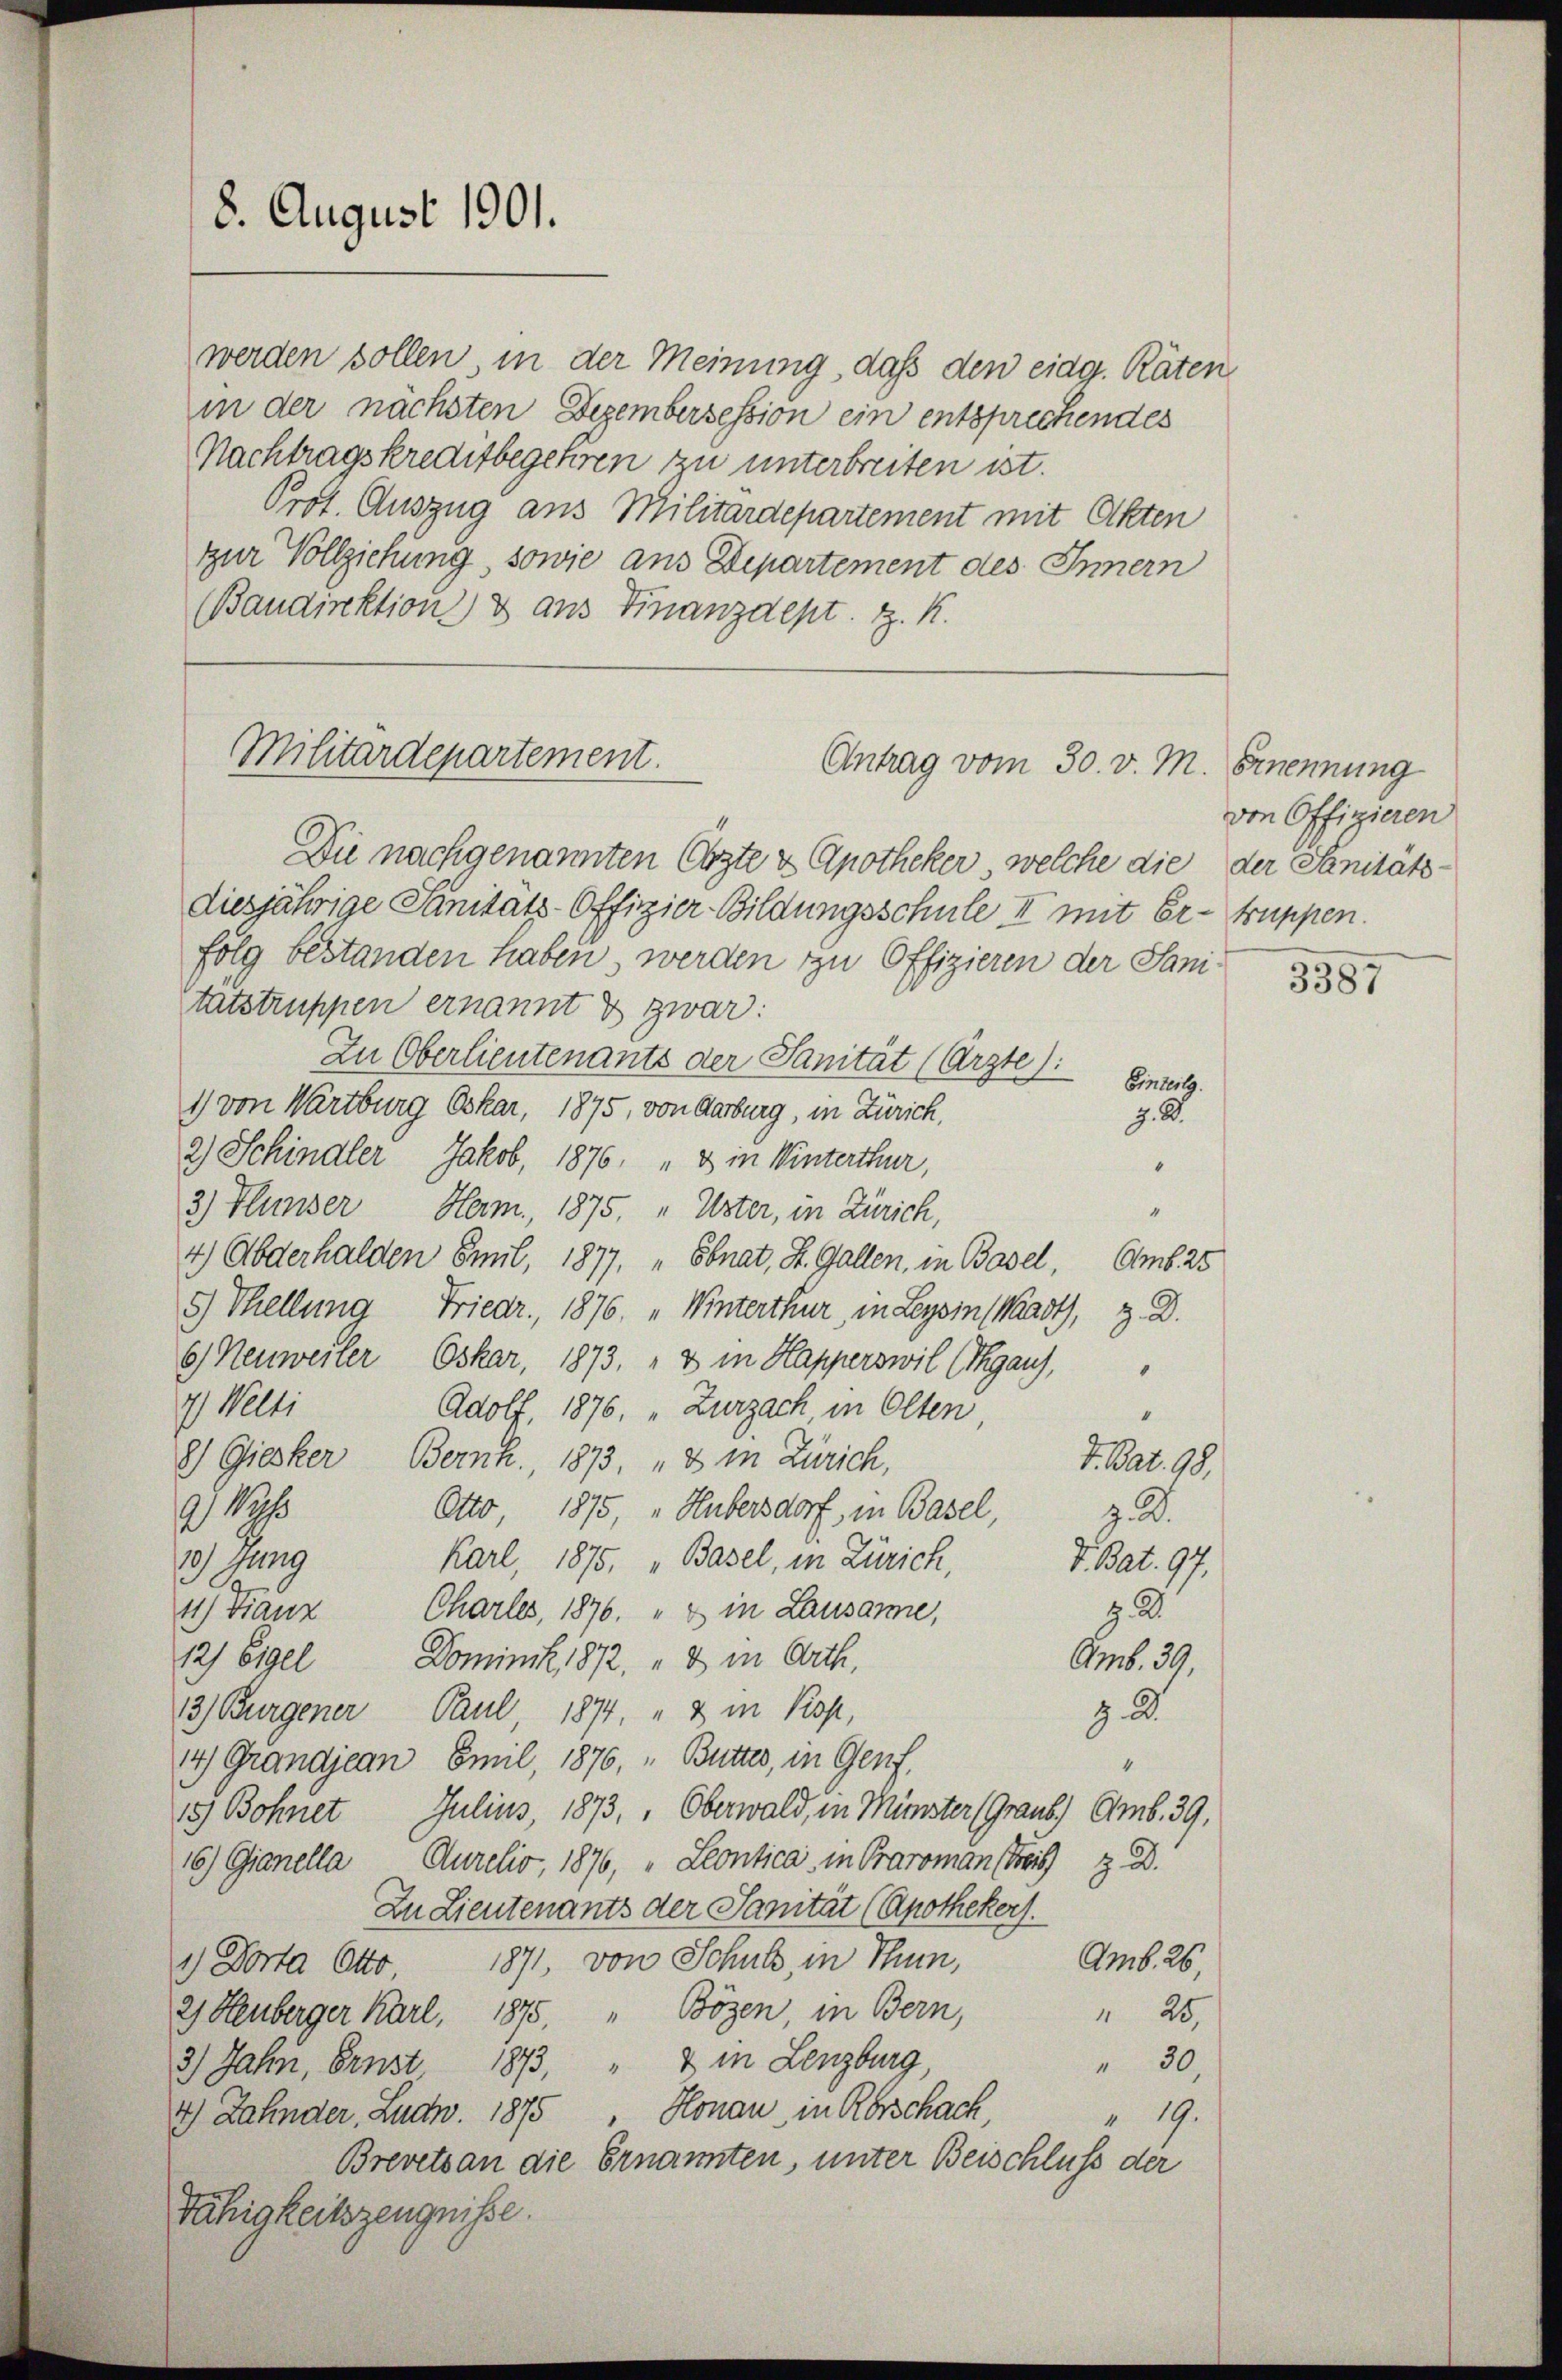
8. August 1901.

werden sollen in der Meinung, daß den eidg. Räten
in der nächsten Dezembersession ein entsprechendes
Nachtragskreditbegehren zu unterbreiten ist.
Prot. Auszug aus Militärdepartement mit Akten
zur Vollziehung, sowie aus Departement des Innern
Baudirektion) d aus Finanzdept. z. R.

Militärdepartement.
Antrag vom 30. v. M.

Die nachgenannten Ärzte & Apotheker, welche die der Sanitäts-
diesjährige Sanitäts-Offizier-Bildungsschule II mit Er- truppen.
folg bestanden haben, werden zu Offizieren der Sanitatstruppen ernannt & zwar:
In Oberlieutenants der Sanität (Arzte):
Einberg.
1) von Wartburg Oskar, 1875, von Aarburg, in Zürich,
z. B.
2) Schindler Jakob, 1876. " & in Winterthur,
“
“
3) Flunser Ham, 1875. " Uster, in Zürich,
4) Abderhalden Emil, 1877. " Ebnat, St. Gallen, in Basel, Amb. 25
5 Thellung Friedr., 1876. „Winterthur, in Leysin (Waadt, z. D.
6) Neuweiler Oskar, 1873, & in Kapperswil (Thgaus,
7) Welti
Adolf, 1876. „Zurzach, in Olten,
“
8) Giesker Bernh., 1873. " 3 in Zürich,
Otto 1875 " Hubersdorf, in Basel,
2 18
Karl, 1875. „Basel, in Zürich,
9 Jung
z.
4) Franz Charles, 1876. „& in Lausanne,
12) Eigel Dominik 1872. " in Orth,
Amb. 39,
92
3) Burgener Paul, 1874. " & in Kop,
14) Grandjean Emil, 1876, " Butter, in Genf,
4
15) Bohnet Julius, 1873, Oberwald, in Münster (Graub) Amb. 39,
16) Ganella Aurelis, 1876, " Leontica in Baroman streis z D.
In Lieutenants der Sanität (Apothekers.
Amb. 26.
1) Dorta Otto 1871, von Schuld, in Thun,
 25,
2. Heuberger Karl, 1875. " Bözen, in Bern,
 30,
3) Jahn, Ernst 1873, " & in Lenzburg,
4) Zahnder, Ludw. 1875. Honau in Rorschach,
" 19.
Brevets an die Ernannten, unter Beischluss der
Fähigkeitszeugnisse.

V. Bat. 98.
z. B.
V. Bat. 97.

Ernennung
von Offizieren

3387